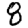
Digit: 8